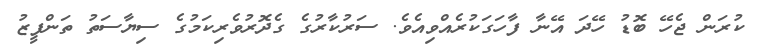
ކުރަން ޖެހޭ ބޮޑު ހޭދަ އޭނާ ފާހަގަކުރެއްވިއެވެ. ސަރުކާރުގެ ގެދޮރުވެރިކަމުގެ ސިޔާސަތު ތަންފީޒު